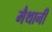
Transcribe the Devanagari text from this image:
मैथानी